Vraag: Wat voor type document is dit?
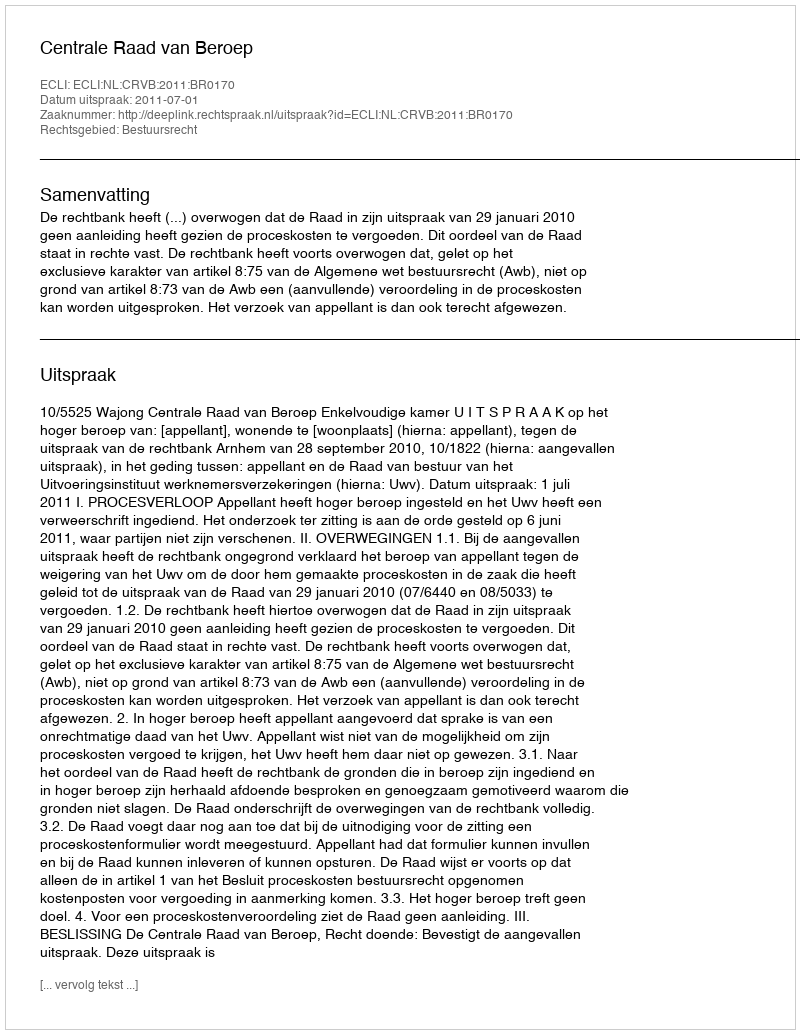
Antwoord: Uitspraak